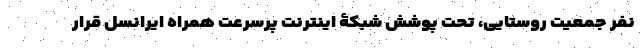
نفر جمعیت روستایی، تحت پوشش شبکۀ اینترنت پرسرعت همراه ایرانسل قرار